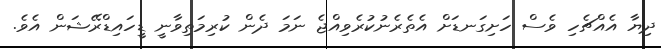
ދިޔާ އެއްޗެހި ވެސް ހަށިގަނޑަށް އެތެރެނުކުރެވިއްޖެ ނަމަ ދެން ކުރިމަތިވާނީ ޑީހައިޑްރޭޝަން އެވެ.